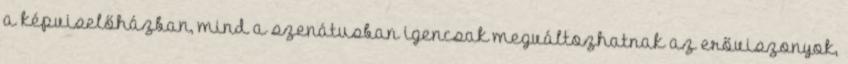
a képviselőházban, mind a szenátusban igencsak megváltozhatnak az erőviszonyok,